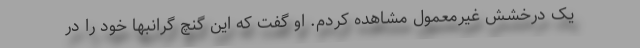
یک درخشش غیرمعمول مشاهده کردم. او گفت که این گنچ گرانبها خود را در